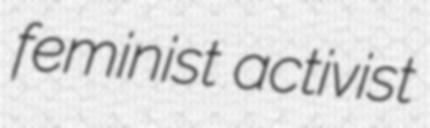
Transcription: feminist activist